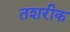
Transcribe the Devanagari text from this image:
तशरीक